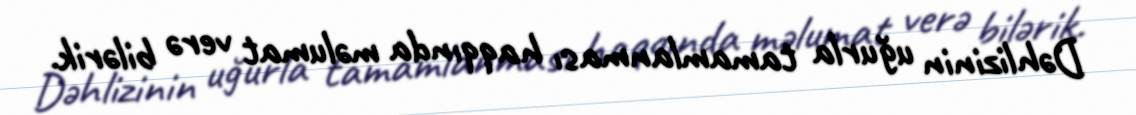
Dəhlizinin uğurla tamamlanması haqqında məlumat verə bilərik.